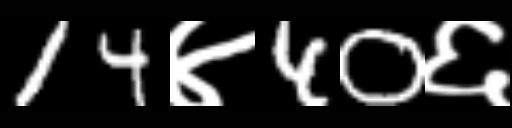
Text: 14४40६